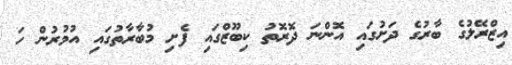
އިޒްރޭލުގެ ބާރުގެ ދަށުގައި އޮންނަ ދޮރޮތު ކިބޫޒްގައި ފެށި މުބާރާތުގައި އުމުރުން ހަ